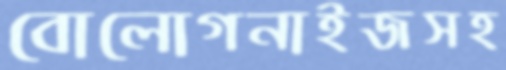
বোলোগনাইজসহ